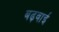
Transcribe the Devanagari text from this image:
बढ़वाई